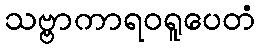
သဗ္ဗာကာရဝရူပေတံ